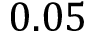
0 . 0 5